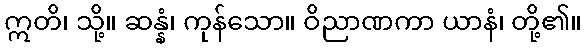
ဣတိ၊ သို့။ ဆန္နံ၊ ကုန်သော။ ဝိညာဏကာ ယာနံ၊ တို့၏။